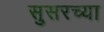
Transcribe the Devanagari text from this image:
सुसरच्या